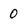
Character: 0